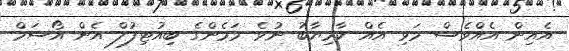
އެއިން އެއްވެސް މަޅި އެއް ކާމިޔާބު ނުވެ މަމެންގެ ބިއުޓިފުލް އެން އޯސަމް